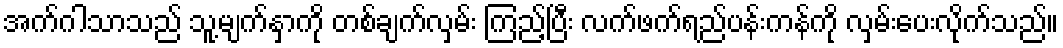
အက်ဂါသာသည် သူ့မျက်နှာကို တစ်ချက်လှမ်း ကြည့်ပြီး လက်ဖက်ရည်ပန်းကန်ကို လှမ်းပေးလိုက်သည်။